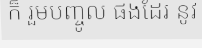
ក៏ រួមបញ្ចូល ផងដែរ នូវ